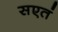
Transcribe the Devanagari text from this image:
सएतं